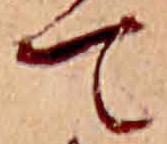
て